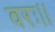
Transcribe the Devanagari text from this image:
वरः।।